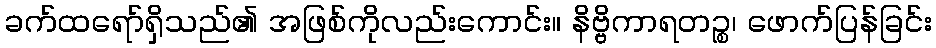
ခက်ထရော်ရှိသည်၏ အဖြစ်ကိုလည်းကောင်း။ နိဗ္ဗိကာရတဉ္စ၊ ဖောက်ပြန်ခြင်း